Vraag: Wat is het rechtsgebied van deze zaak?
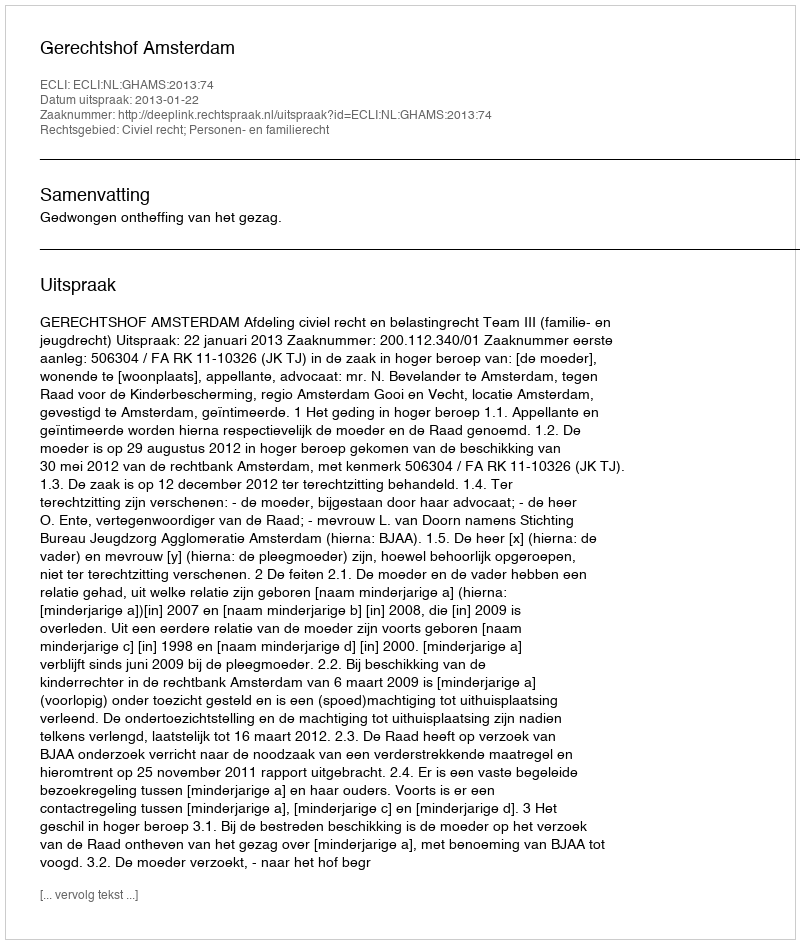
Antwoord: Civiel recht; Personen- en familierecht